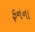
ફનના